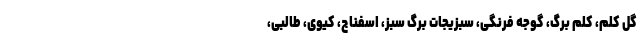
گل کلم، کلم برگ، گوجه فرنگی، سبزیجات برگ سبز، اسفناج، کیوی، طالبی،